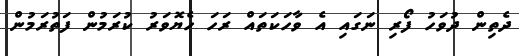
ދެތިން ދުވަހު ފޯރި ނަގައި އެ ވާހަކަތައް ރަހަ ހެޔޮވަރު ކުރަމުން ފަތުރަމުން